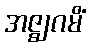
အဇ္ဈဂမိံ